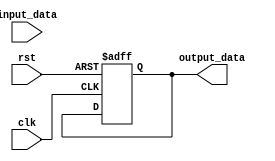
module combinational_logic (
    input wire clk,
    input wire rst,
    input wire [7:0] input_data,
    output reg [7:0] output_data
);

always @(posedge clk or negedge rst) begin
    if (!rst) begin
        output_data <= 8'b0; // Reset the output on falling edge of rst
    end else begin
        // Logic for updating output_data based on input_data and circuit state
        // Example logic: output_data <= input_data + 8'b1;
    end
end

endmodule